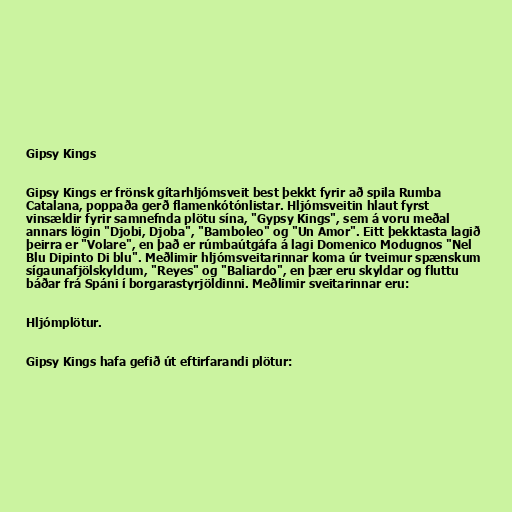
Gipsy Kings

Gipsy Kings er frönsk gítarhljómsveit best þekkt fyrir að spila Rumba
Catalana, poppaða gerð flamenkótónlistar. Hljómsveitin hlaut fyrst
vinsældir fyrir samnefnda plötu sína, "Gypsy Kings", sem á voru meðal
annars lögin "Djobi, Djoba", "Bamboleo" og "Un Amor". Eitt þekktasta lagið
þeirra er "Volare", en það er rúmbaútgáfa á lagi Domenico Modugnos "Nel
Blu Dipinto Di blu". Meðlimir hljómsveitarinnar koma úr tveimur spænskum
sígaunafjölskyldum, "Reyes" og "Baliardo", en þær eru skyldar og fluttu
báðar frá Spáni í borgarastyrjöldinni. Meðlimir sveitarinnar eru:

Hljómplötur.

Gipsy Kings hafa gefið út eftirfarandi plötur: